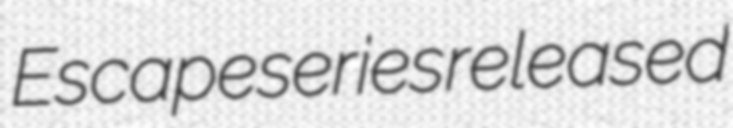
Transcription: Escape series released